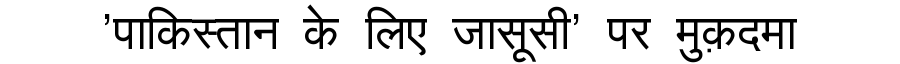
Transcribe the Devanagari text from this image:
'पाकिस्तान के लिए जासूसी' पर मुक़दमा